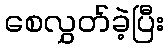
စေလွှတ်ခဲ့ပြီး